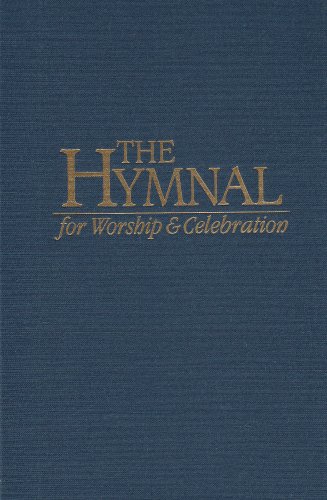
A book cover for The Hymnal for Worship and Celebration; Christian Books & Bibles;